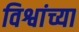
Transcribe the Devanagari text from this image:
विश्वांच्या